342_HS1-416511228_319.1 Flying Discs 1949
Agency: Department of War
Incident date: 1/9/50
Page 4
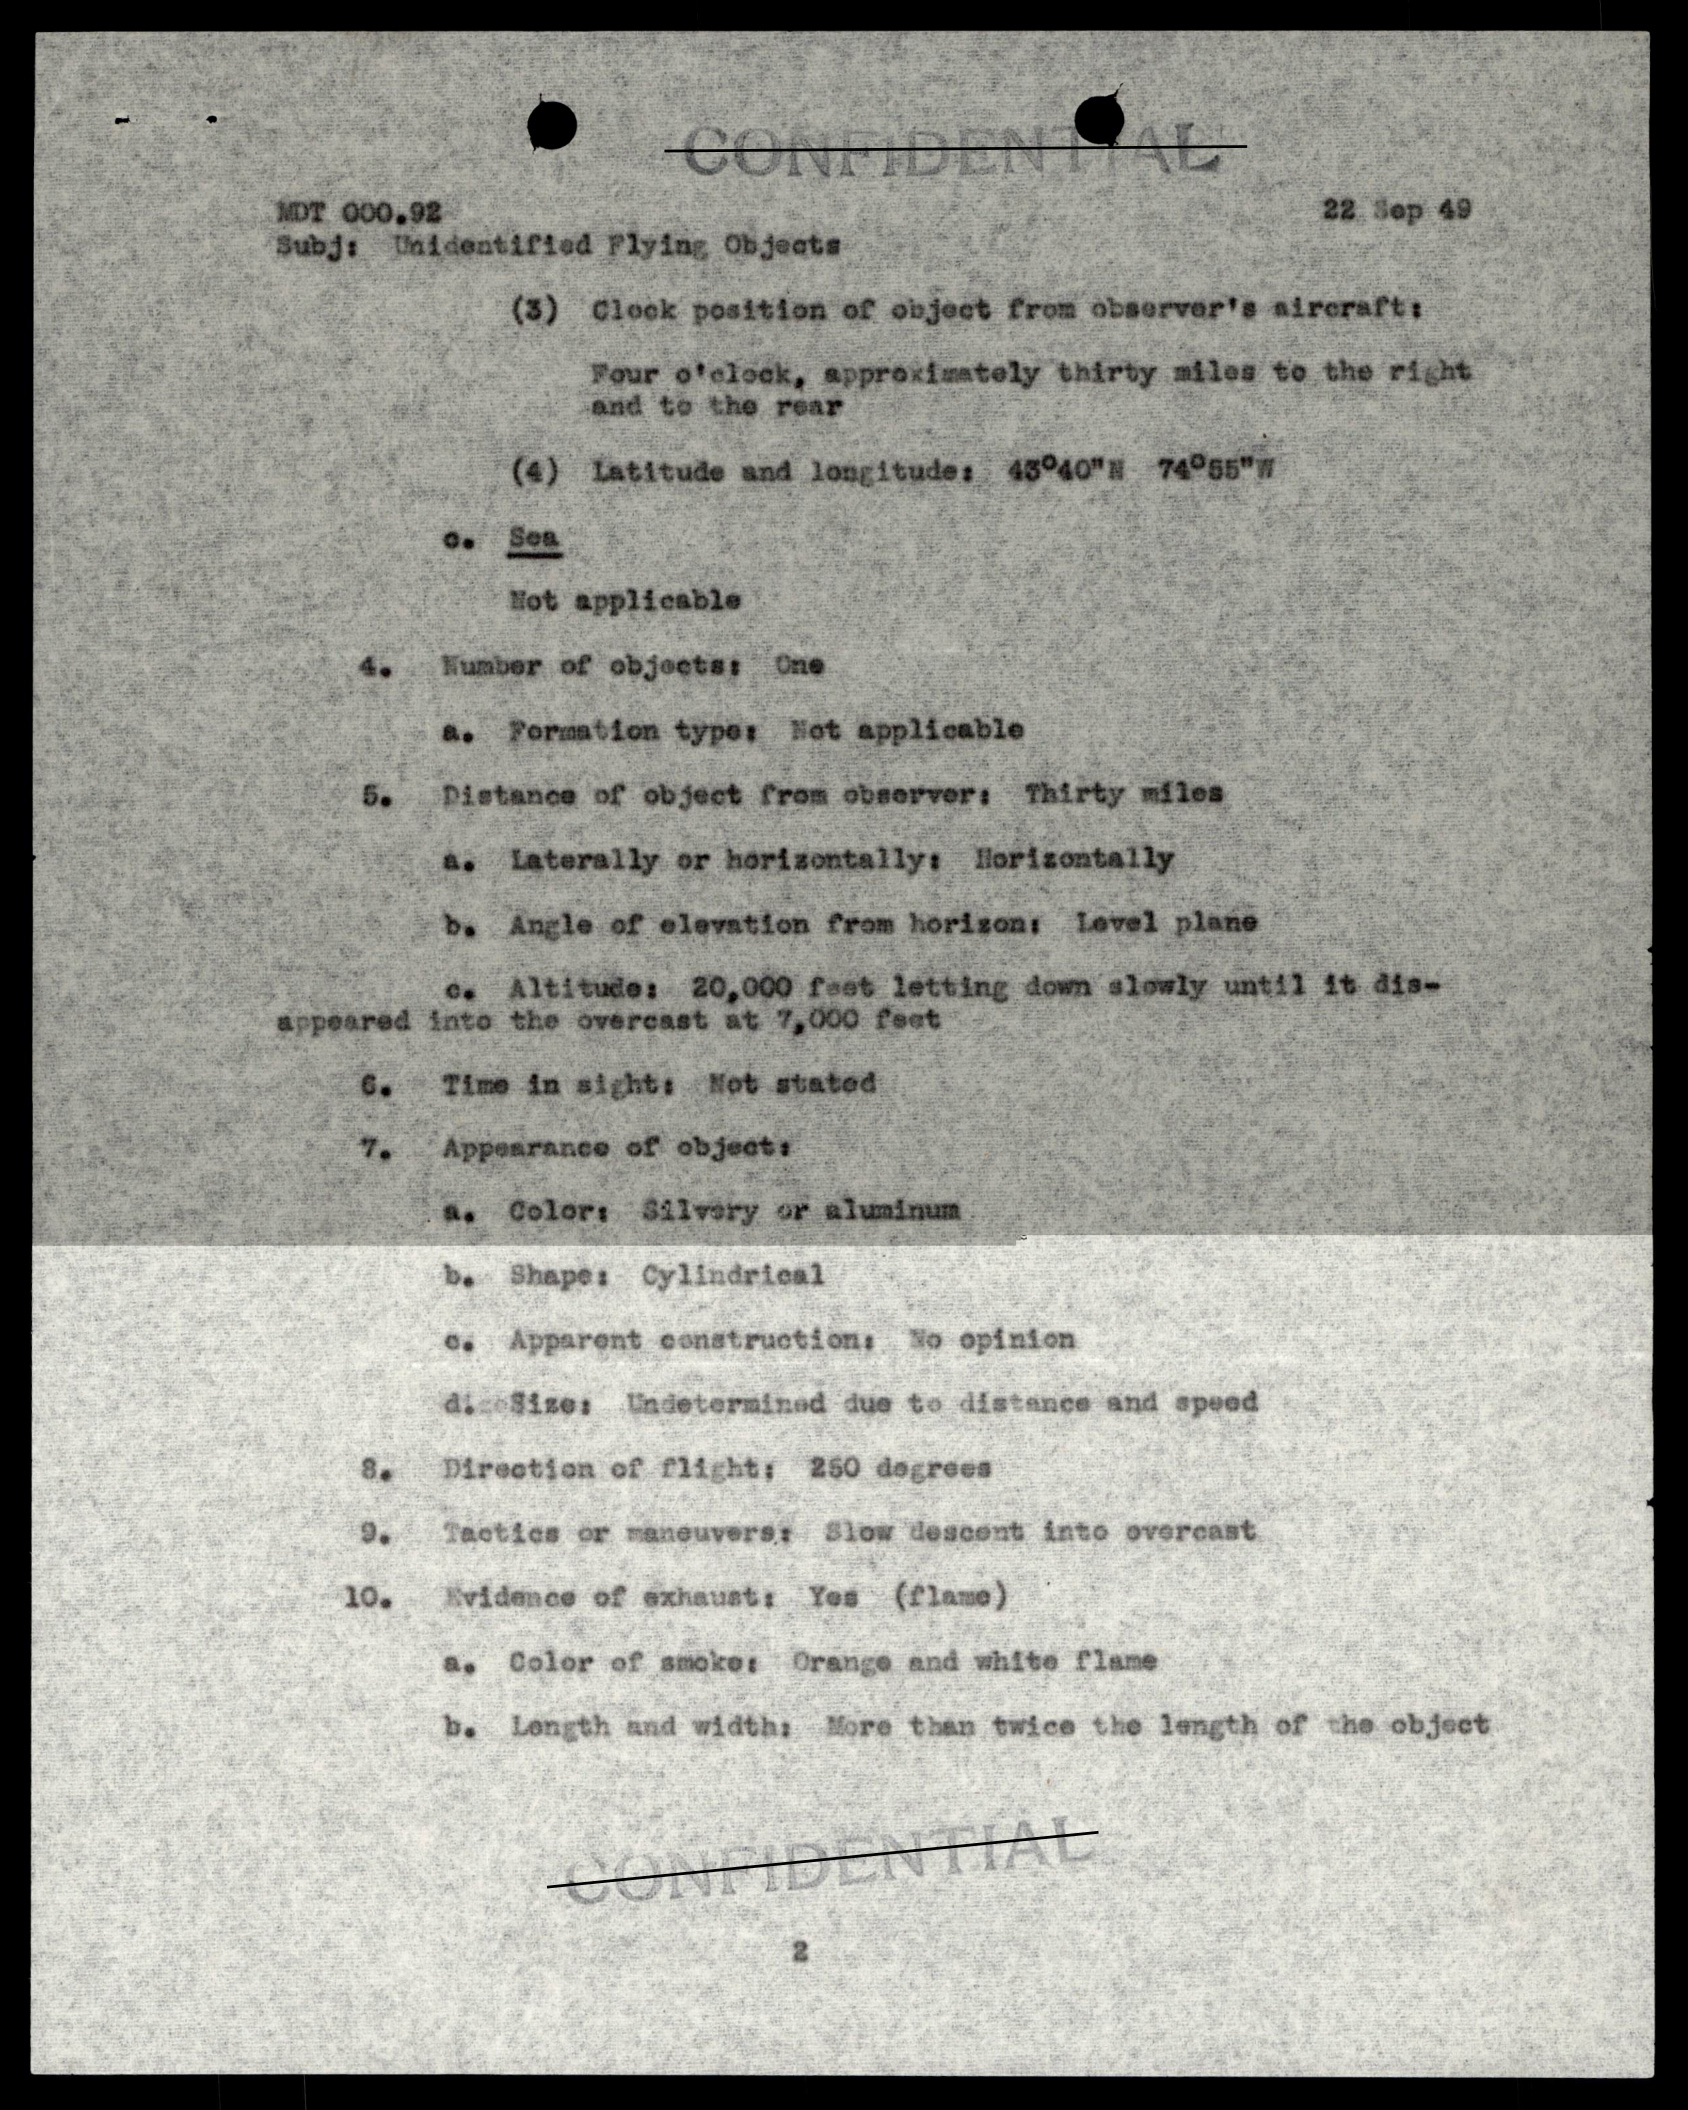